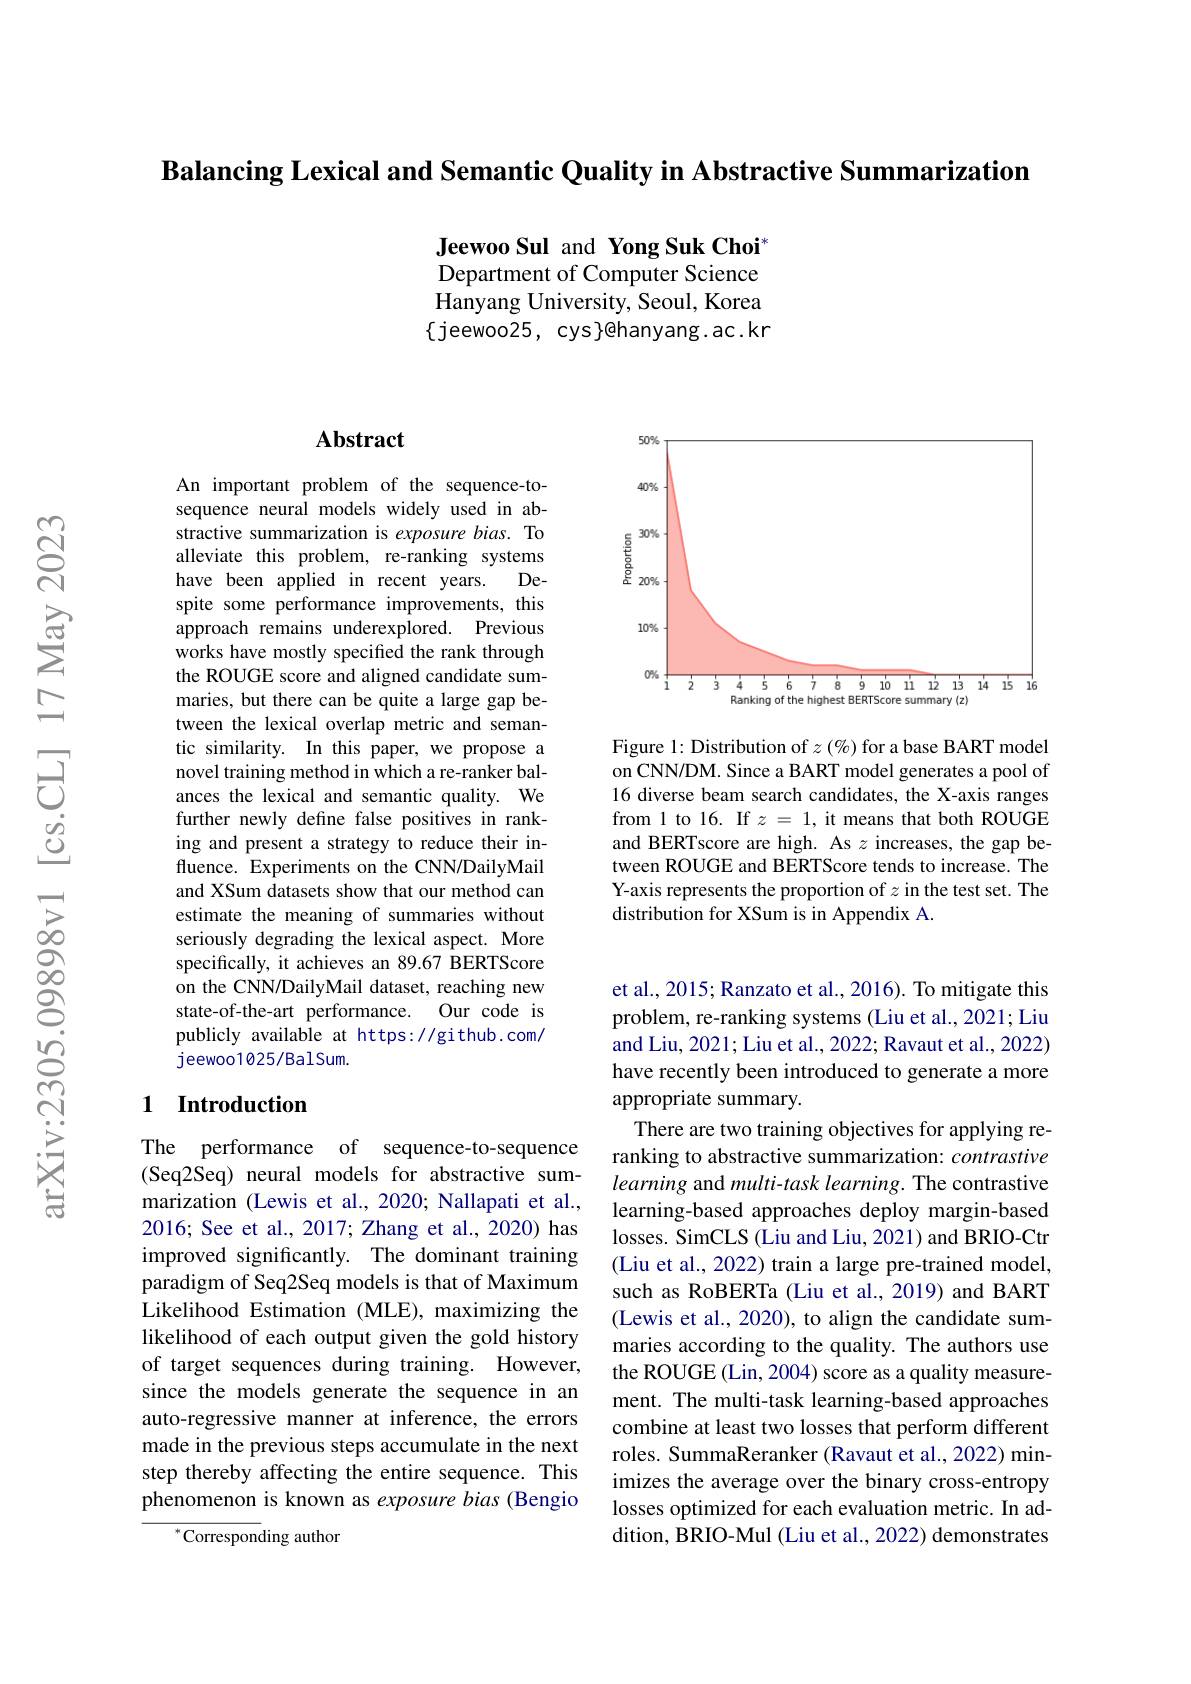
Balancing Lexical and Semantic Quality in Abstractive Summarization

Jeewoo Sul and Yong Suk Choi* Department of Computer Science Hanyang University, Seoul, Korea $\{$jeewoo25, cys}@hanyang.ac.kr

## Abstract

An important problem of the sequence-tosequence neural models widely used in abstractive summarization is exposure bias. To alleviate this problem, re-ranking systems
De-
have been applied in recent years.
spite some performance improvements, this approach remains underexplored. Previous works have mostly specified the rank through the ROUGE score and aligned candidate summaries, but there can be quite a large gap between the lexical overlap metric and semantic similarity. In this paper, we propose a novel training method in which a re-ranker balances the lexical and semantic quality. We further newly define false positives in ranking and present a strategy to reduce their influence. Experiments on the CNN/DailyMail and XSum datasets show that our method can estimate the meaning of summaries without seriously degrading the lexical aspect. More specifically, it achieves an 89.67 1BERTScore on the CNN/DailyMail dataset, reaching new state-of-the-art performance. Our code is publicly available at https://github.com/ jeewoo1025/BalSum.

### 1 Introduction

The performance of sequence-to-sequence (Seq2Seq) neural models for abstractive summarization (Lewis et al., 2020; Nallapati et al., 2016; See et al., 2017; Zhang et al., 2020) has improved significantly. The dominant training paradigm of Seq2Seq models is that of Maximum Likelihood Estimation (MLE), maximizing the likelihood of each output given the gold history of target sequences during training. However, since the models generate the sequence in an auto-regressive manner at inference, the errors made in the previous steps accumulate in the next step thereby affecting the entire sequence. This phenomenon is known as exposure bias (Bengio

${}^{*}$Corresponding author

<FigureHere>

Figure 1: Distribution of $z$ (%) for a base BART model on CNN/DM. Since a BART model generates a pool of 16 diverse beam search candidates, the X-axis ranges from 1 to 16. If $z=1$, it means that both ROUGE and BERTscore are high. As $z$ increases, the gap between ROUGE and BERTScore tends to increase. The Y-axis represents the proportion of $z$ in the test set. The $\hat{\text{distribution for XSum is in Appendix A}}.$

et al., 2015; Ranzato et al., 2016). To mitigate this problem, re-ranking systems (Liu et al., 2021; Liu and Liu, 2021; Liu et al., 2022; Ravaut et al., 2022) have recently been introduced to generate a more appropriate summary.
There are two training objectives for applying reranking to abstractive summarization: contrastive learning and multi-task learning. The contrastive learning-based approaches deploy margin-based losses. SimCLS (Liu and Liu, 2021) and BRIO-Ctr (Liu et al., 2022) train a large pre-trained model, such as RoBERTa (Liu et al., 2019) and BART (Lewis et al., 2020), to align the candidate summaries according to the quality. The authors use the ROUGE (Lin, 2004) score as a quality measurement. The multi-task learning-based approaches combine at least two losses that perform different roles. SummaReranker (Ravaut et al., 2022) minimizes the average over the binary cross-entropy losses optimized for each evaluation metric. In addition, BRIO-Mul (Liu et al., 2022) demonstrates